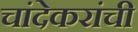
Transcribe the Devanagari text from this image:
चांदेकरांची